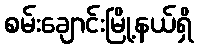
စမ်းချောင်းမြို့နယ်ရှိ